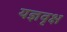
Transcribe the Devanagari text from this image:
यज्ञवृक्ष